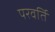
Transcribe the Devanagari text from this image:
परवर्ति